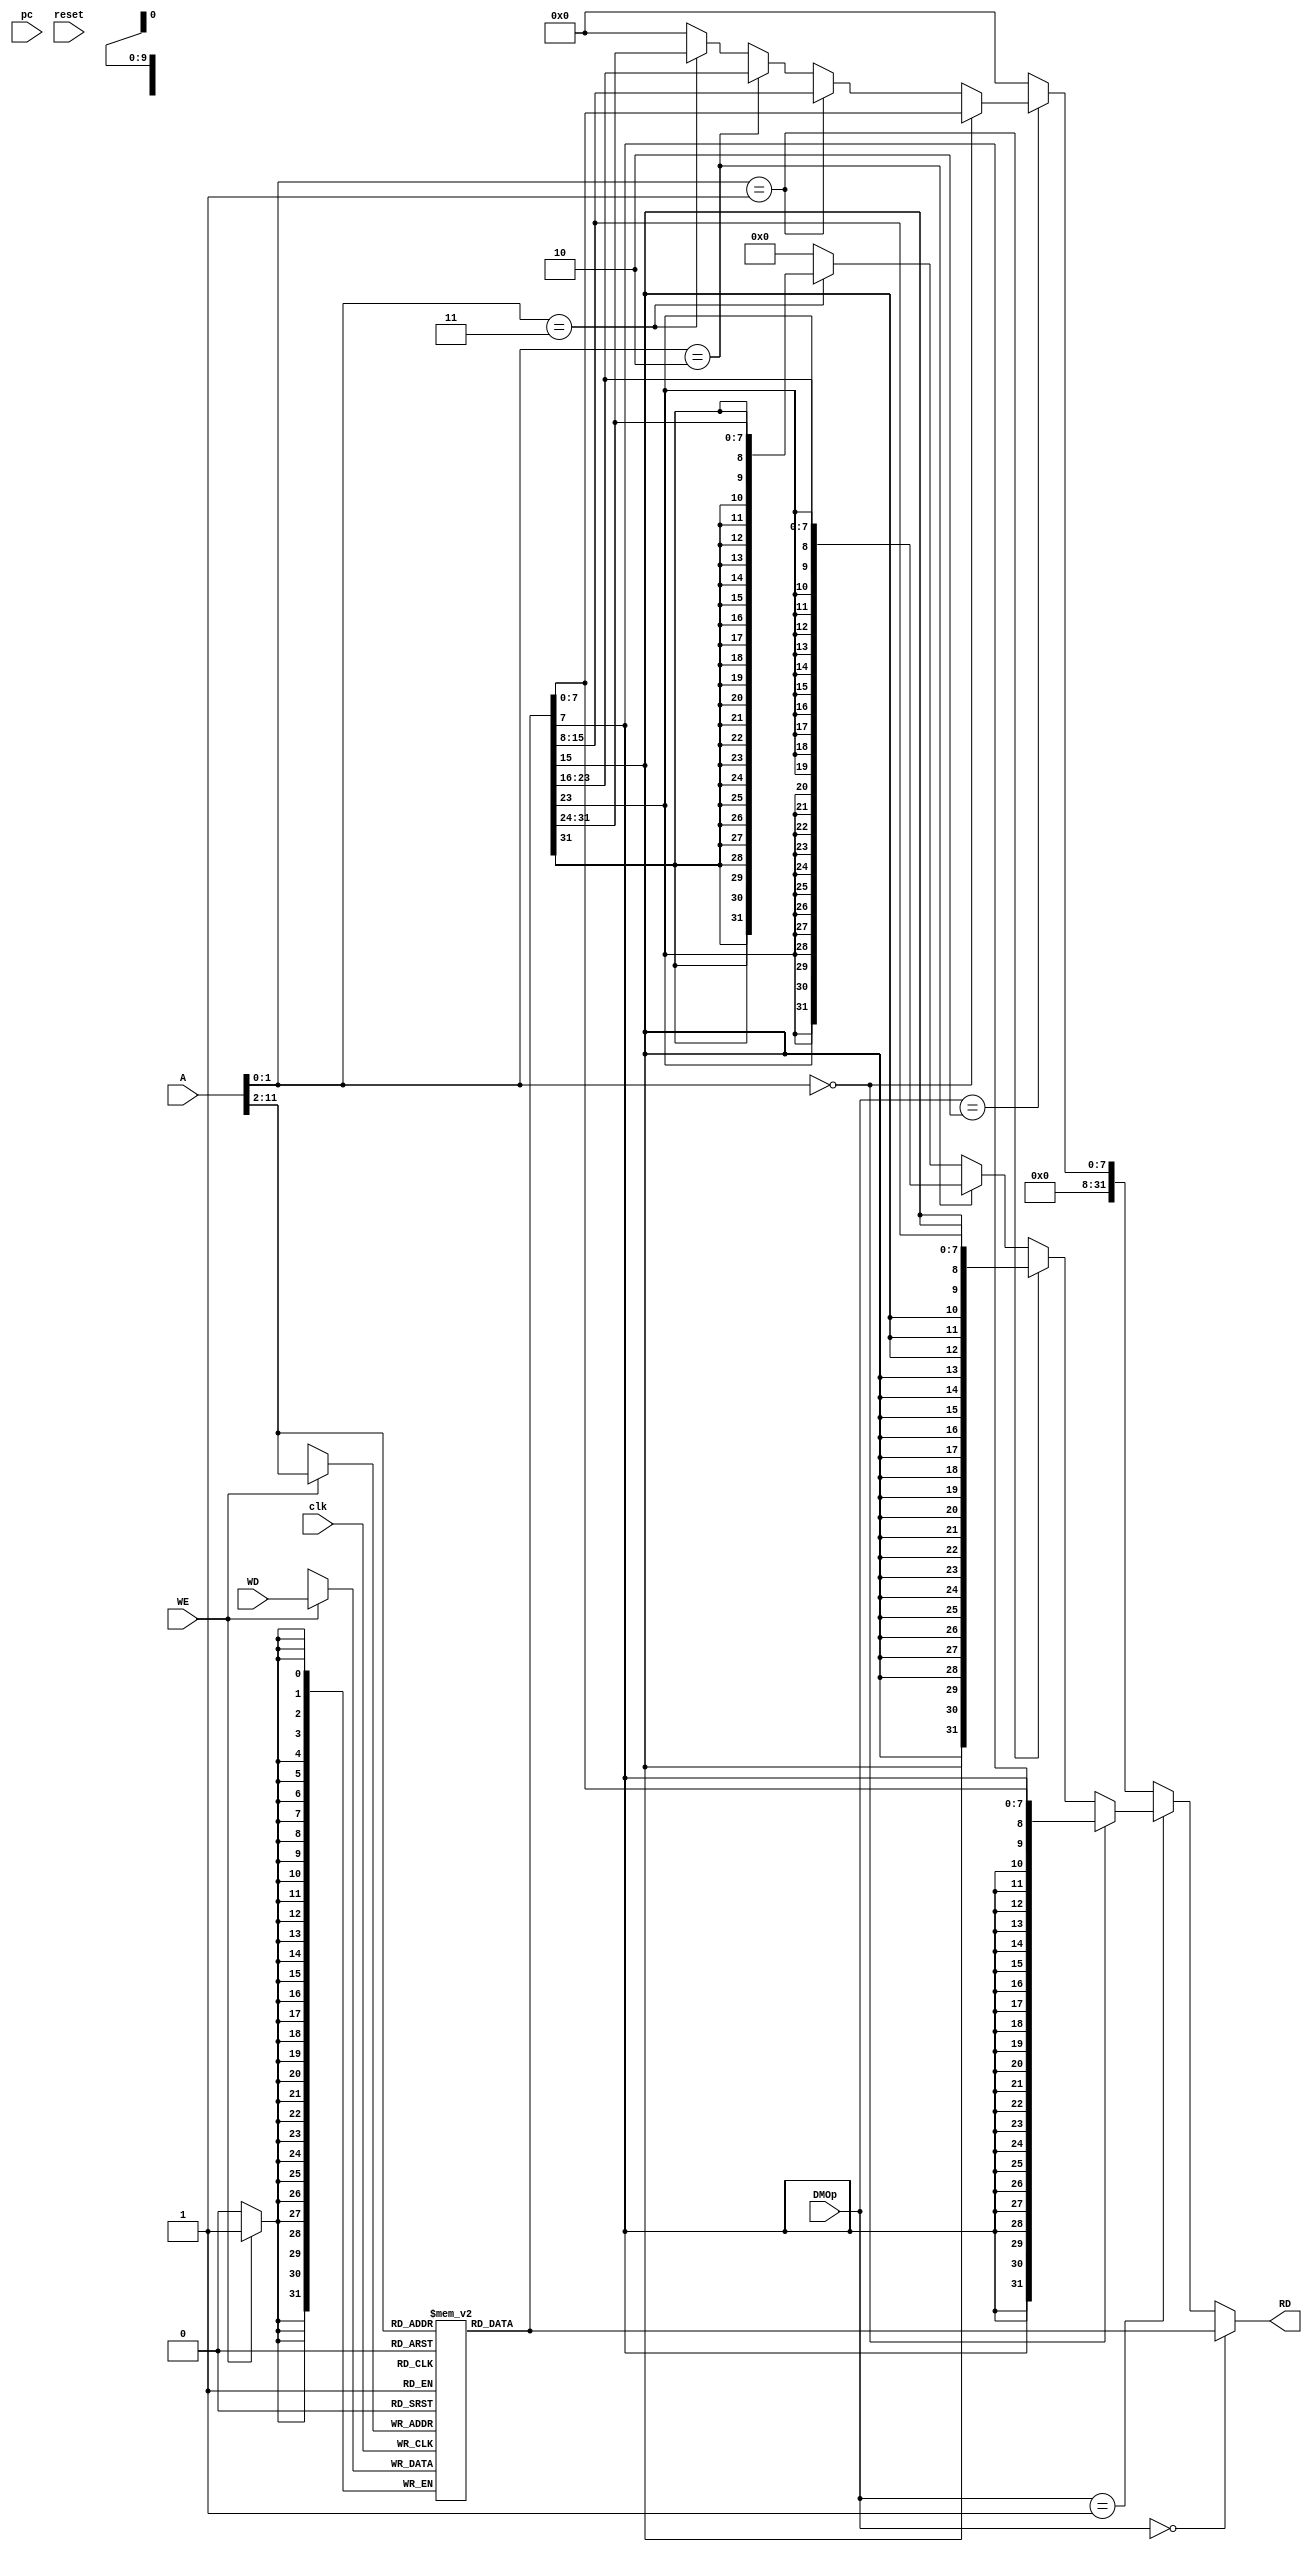
`timescale 1ns / 1ps
//////////////////////////////////////////////////////////////////////////////////
// Company: 
// Engineer: 
// 
// Design Name: 
// Module Name:    DM 
// Project Name: 
// Target Devices: 
// Tool versions: 
// Description: 
//
// Dependencies: 
//
// Revision: 
// Revision 0.01 - File Created
// Additional Comments: 
//
//////////////////////////////////////////////////////////////////////////////////
module DM(
	 input [31:0] pc,
    input clk,
    input reset,
	 input WE,
    input [31:0] A,
    input [31:0] WD,
	 input [2:0] DMOp,
    output [31:0] RD
    );
	reg [31:0] RAM [1023:0];
	wire [31:0] memword;
	integer i;
	initial
		for(i=0;i<1024;i=i+1)
			RAM[i]=0;
	assign memword=RAM[A[31:2]];
	assign RD=(DMOp==0)?memword:
				 (DMOp==1)?((A[1:0]==2'b00)?{{24{memword[7]}},memword[7:0]}:
							  (A[1:0]==2'b01)?{{24{memword[15]}},memword[15:8]}:
							  (A[1:0]==2'b10)?{{24{memword[23]}},memword[23:16]}:
							  (A[1:0]==2'b11)?{{24{memword[31]}},memword[31:24]}:0):
				 (DMOp==2)?((A[1:0]==2'b00)?{24'b0,memword[7:0]}:
							  (A[1:0]==2'b01)?{24'b0,memword[15:8]}:
							  (A[1:0]==2'b10)?{24'b0,memword[23:16]}:
							  (A[1:0]==2'b11)?{24'b0,memword[31:24]}:0):
				 0;
	always @(posedge clk)
		if(WE) begin 
			$display("@%h: *%h <= %h",pc, A,WD);
			RAM[A[31:2]]<=WD;
		end

endmodule